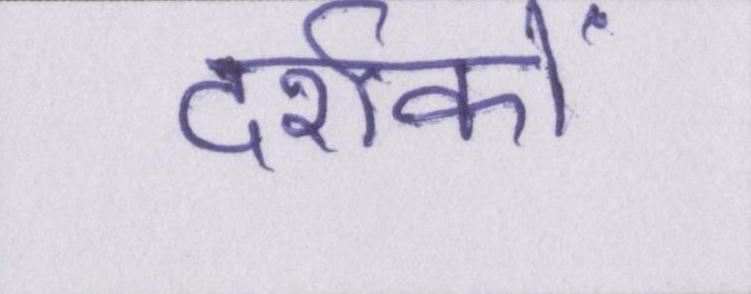
दर्शकों